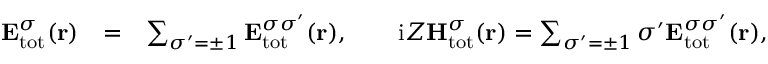
\begin{array} { r l r } { { \bf E } _ { \mathrm { { t o t } } } ^ { \sigma } ( { \bf r } ) } & { = } & { \sum _ { \sigma ^ { \prime } = \pm 1 } { \bf E } _ { \mathrm { t o t } } ^ { \sigma \sigma ^ { \prime } } ( { \bf r } ) , \qquad \mathrm { i } Z { \bf H } _ { \mathrm { t o t } } ^ { \sigma } ( { \bf r } ) = \sum _ { \sigma ^ { \prime } = \pm 1 } \sigma ^ { \prime } { \bf E } _ { \mathrm { { t o t } } } ^ { \sigma \sigma ^ { \prime } } ( { \bf r } ) , } \end{array}